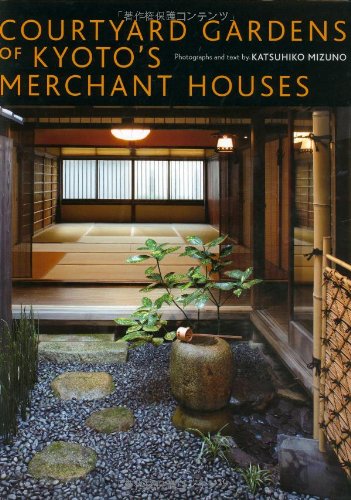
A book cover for Courtyard Gardens of Kyoto's Merchant Houses; Katsuhiko Mizuno; Crafts, Hobbies & Home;